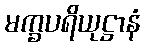
မက္ခပရိယုဋ္ဌာနံ